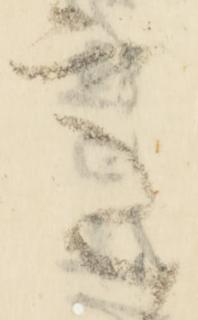
意